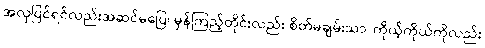
အလှပြင်ရင်လည်းအဆင်မပြေ၊ မှန်ကြည့်တိုင်းလည်း စိတ်မချမ်းသာ၊ ကိုယ့်ကိုယ်ကိုလည်း